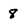
Character: 8